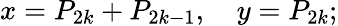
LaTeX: x=P_{2k}+P_{2k-1},\quad y=P_{2k};